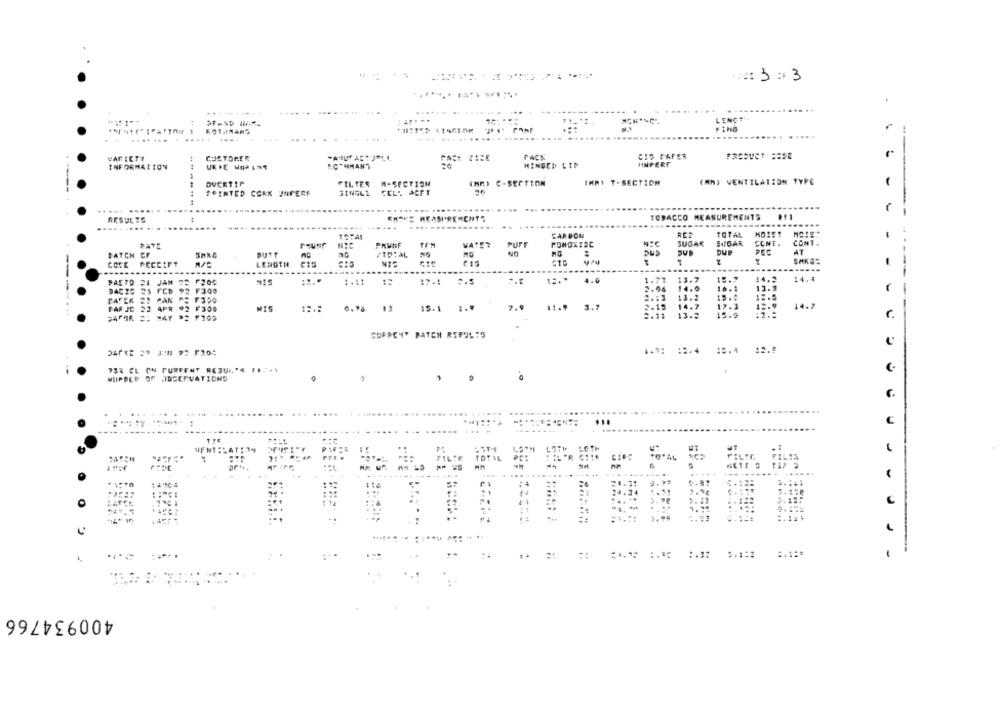
Prot 3 : 3
LENGTH
.....
VARIETY
CUSTOMER
PACK
CIS PAFER
PRODUCT BASE
INFORMATION
"CTHMAN'S
HINGED LIN
HINPERF
DVERTIC
FILTER M-SECTION
(MR) C-SECTION
IMMY T-SECTION
(MM) VENTILATION TYPE
-
POINTED CORX INFERF
SINGLI CEL. ACFT
1
..... ...
TOBACCO MEASUREMENTS
RESULTS
CHOKE MEASUREMENTS
...
TOTAL
CARBON
TOTAL
-
PAWNF
WATER
PUFF
SUGAR
SUGAR
CCHE .
CONT.
DUP
PEC
AT
PATCH CF
43
COSE RECEIPT
LENGTH
CTE
----
4.0
1.73
13.7
15.3
14.2
14.4
----
FAETO 21 JAN 72 F300
NIS
1.11
12
2.94
13.3
DACZO
25 FCb
F300
PATER
2.13
PAF JC 22 4PR #2
F300
MIS
13
15.1
1.0
1.7
2.15
14.7
17.3
12.9.
14.2
2.11
13.2
15.0
---
CURRENT PATCH RESULTS
733 CL ON CURRENT RESUL'S (.7 -.
.0
...
C
CATCH
Il cioc
C
..
400934766